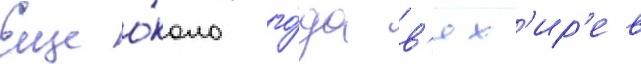
Еще о́коло го́да в'ях'ир'ев